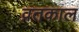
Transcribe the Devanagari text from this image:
व्रतकाल